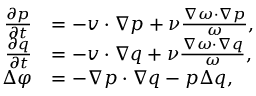
\begin{array} { r l } { \frac { \partial p } { \partial t } } & { = - \boldsymbol { v } \cdot \nabla p + \nu \frac { \nabla \omega \cdot \nabla p } { \omega } , } \\ { \frac { \partial q } { \partial t } } & { = - \boldsymbol { v } \cdot \nabla q + \nu \frac { \nabla \omega \cdot \nabla q } { \omega } , } \\ { \Delta \varphi } & { = - \nabla p \cdot \nabla q - p \Delta q , } \end{array}